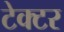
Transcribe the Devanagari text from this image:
टेक्टर